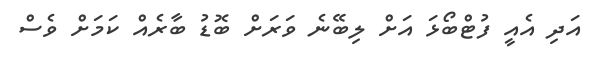
އަދި އެއީ ފުޓްބޯޅަ އަށް ލިބޭނެ ވަރަށް ބޮޑު ބާރެއް ކަމަށް ވެސް